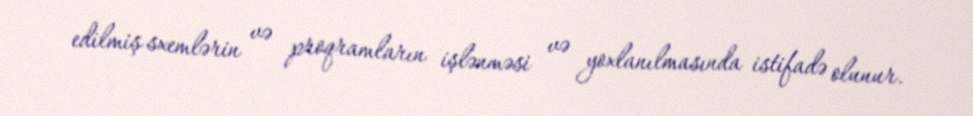
edilmiş sxemlərin və proqramların işlənməsi və yoxlanılmasında istifadə olunur.